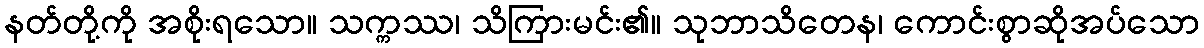
နတ်တို့ကို အစိုးရသော။ သက္ကဿ၊ သိကြားမင်း၏။ သုဘာသိတေန၊ ကောင်းစွာဆိုအပ်သော